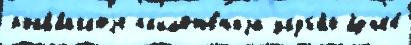
росс'и́йскоjе пр'иложе́н'иjа друг'и́е язык'е́